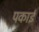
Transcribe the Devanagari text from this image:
पकाईं